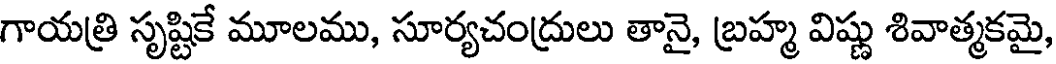
గాయత్రి సృష్టికే మూలము, సూర్యచంద్రులు తానై, బ్రహ్మ విష్ణు శివాత్మకమై,